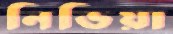
নিভিয়া